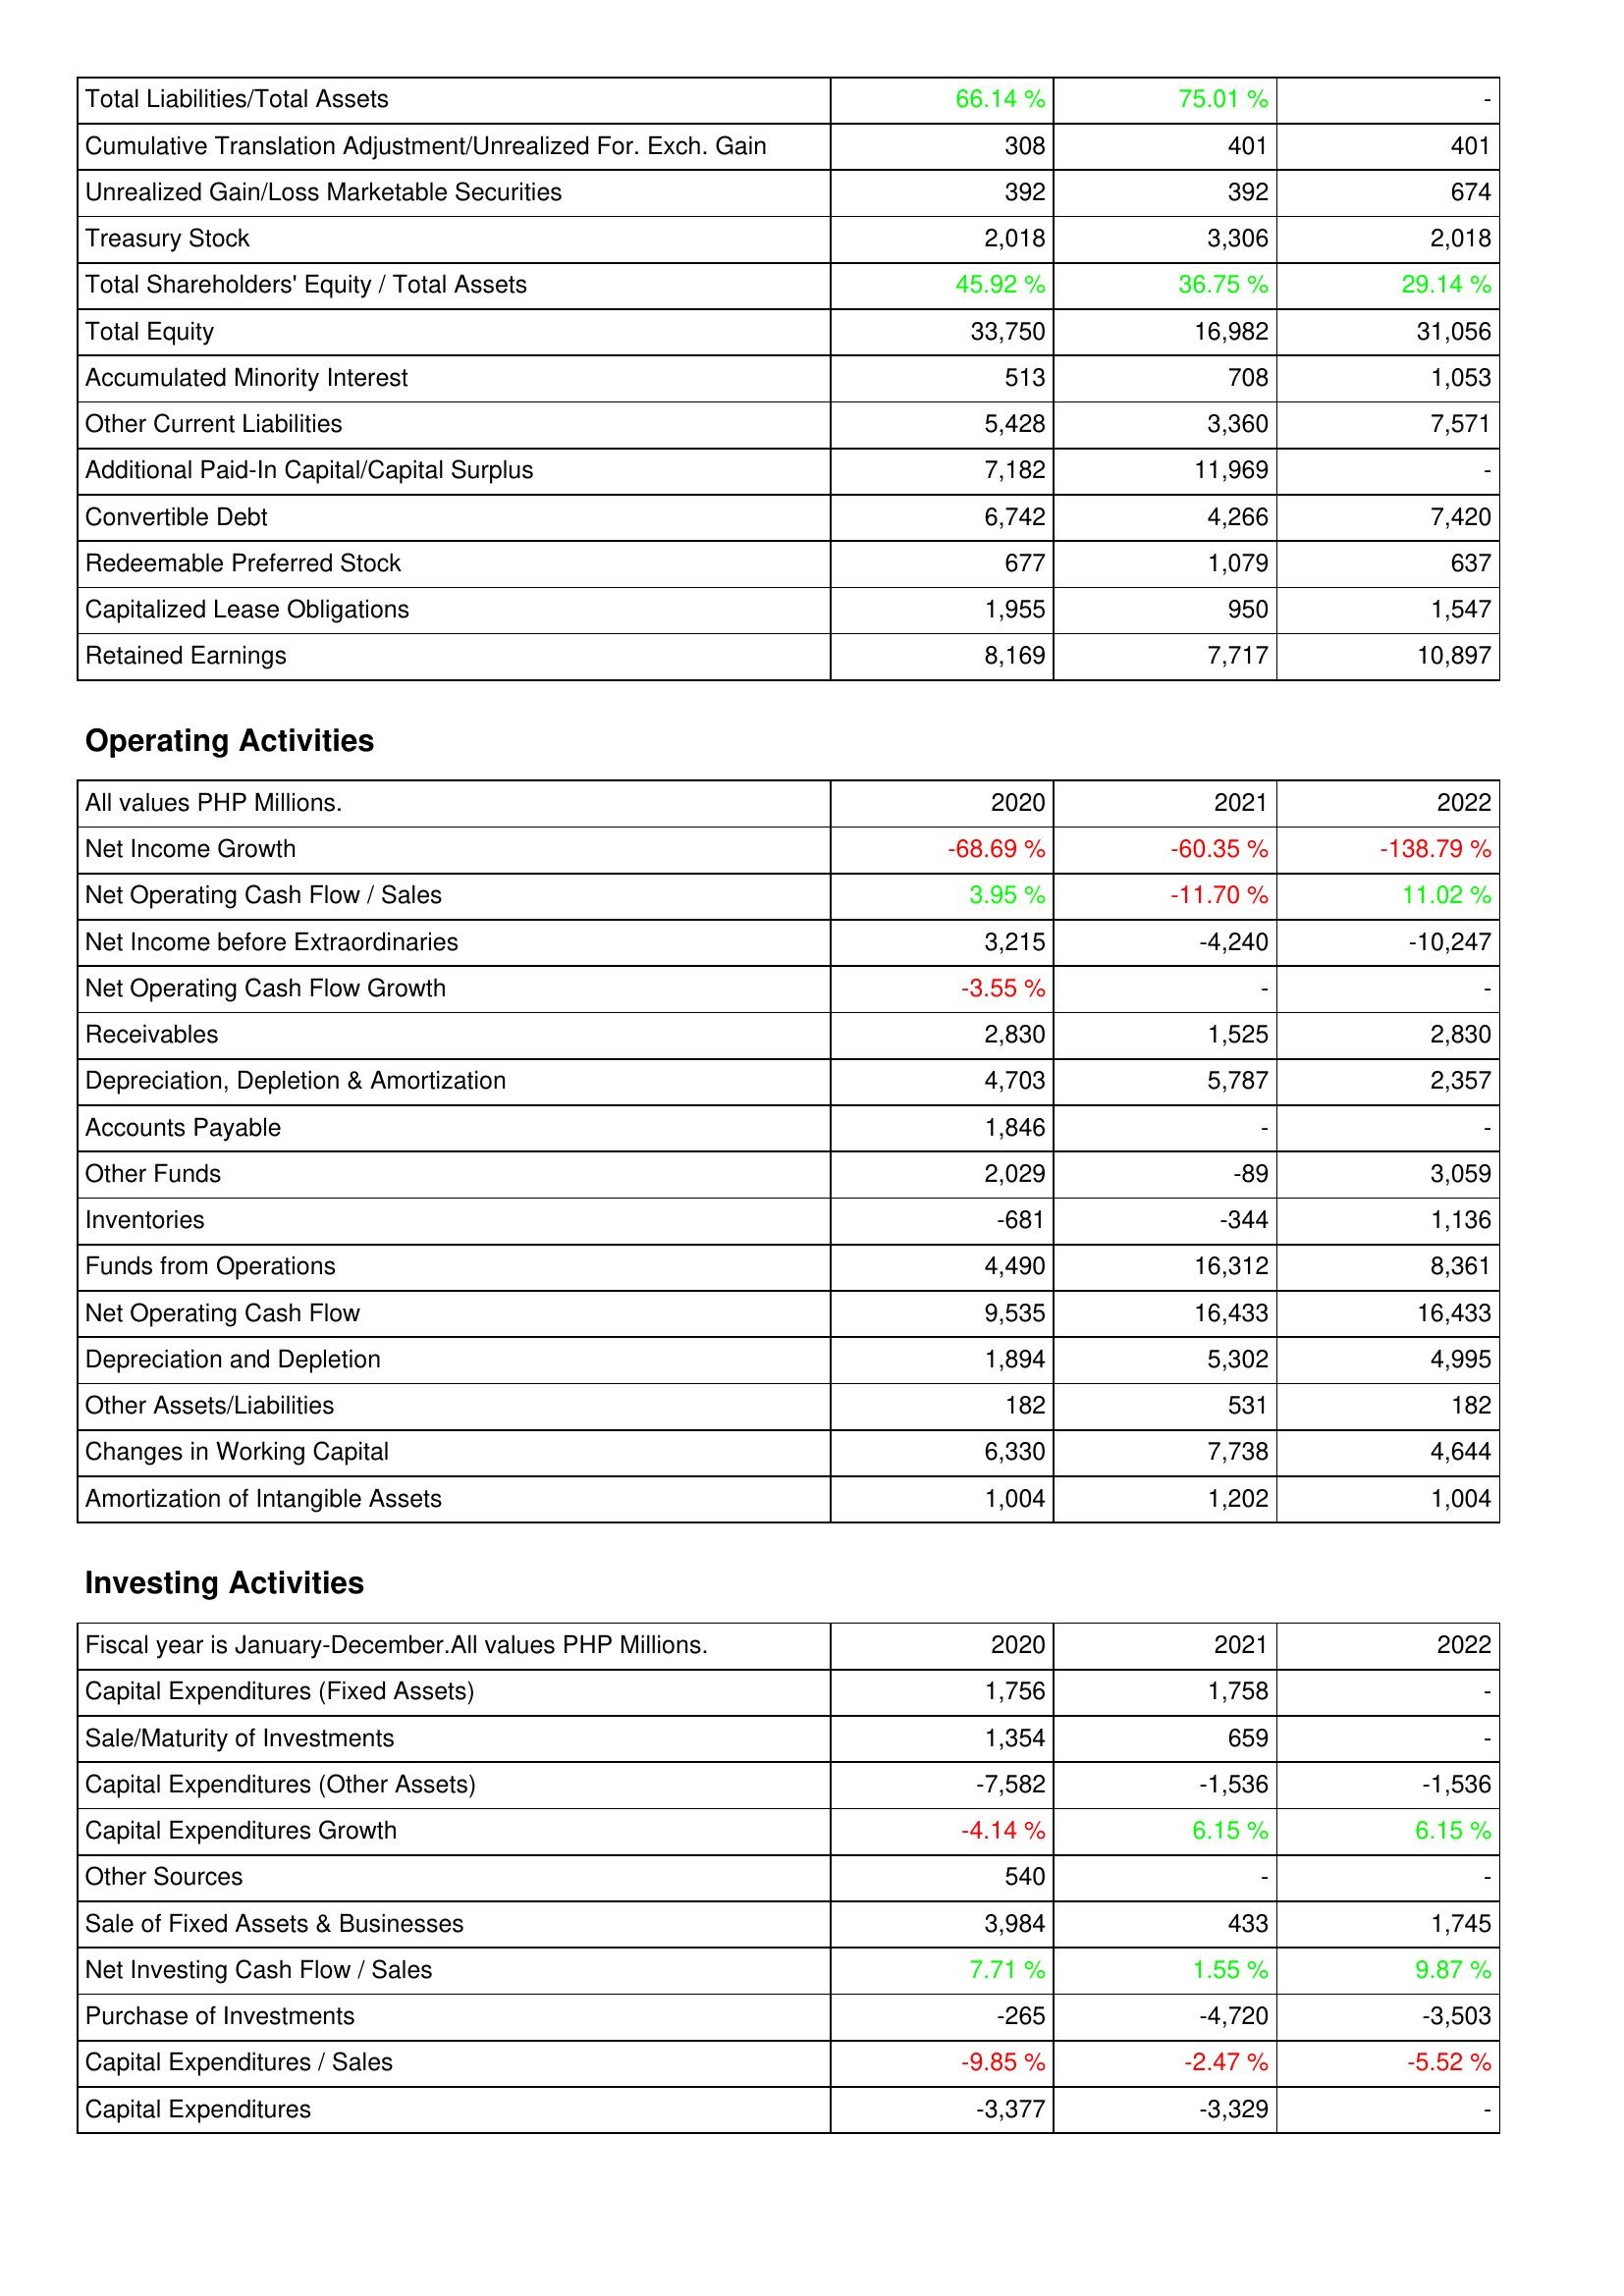
2020: Liabilities & Shareholders' Equity: Total Liabilities/Total Assets: 66.14 %
Cumulative Translation Adjustment/Unrealized For. Exch. Gain: 308
Unrealized Gain/Loss Marketable Securities: 392
Treasury Stock: 2,018
Total Shareholders' Equity / Total Assets: 45.92 %
Total Equity: 33,750
Accumulated Minority Interest: 513
Other Current Liabilities: 5,428
Additional Paid-In Capital/Capital Surplus: 7,182
Convertible Debt: 6,742
Redeemable Preferred Stock: 677
Capitalized Lease Obligations: 1,955
Retained Earnings: 8,169
Operating Activities: Net Income Growth: -68.69 %
Net Operating Cash Flow / Sales: 3.95 %
Net Income before Extraordinaries: 3,215
Net Operating Cash Flow Growth: -3.55 %
Receivables: 2,830
Depreciation, Depletion & Amortization: 4,703
Accounts Payable: 1,846
Other Funds: 2,029
Inventories: -681
Funds from Operations: 4,490
Net Operating Cash Flow: 9,535
Depreciation and Depletion: 1,894
Other Assets/Liabilities: 182
Changes in Working Capital: 6,330
Amortization of Intangible Assets: 1,004
Investing Activities: Capital Expenditures (Fixed Assets): 1,756
Sale/Maturity of Investments: 1,354
Capital Expenditures (Other Assets): -7,582
Capital Expenditures Growth: -4.14 %
Other Sources: 540
Sale of Fixed Assets & Businesses: 3,984
Net Investing Cash Flow / Sales: 7.71 %
Purchase of Investments: -265
Capital Expenditures / Sales: -9.85 %
Capital Expenditures: -3,377
2021: Liabilities & Shareholders' Equity: Total Liabilities/Total Assets: 75.01 %
Cumulative Translation Adjustment/Unrealized For. Exch. Gain: 401
Unrealized Gain/Loss Marketable Securities: 392
Treasury Stock: 3,306
Total Shareholders' Equity / Total Assets: 36.75 %
Total Equity: 16,982
Accumulated Minority Interest: 708
Other Current Liabilities: 3,360
Additional Paid-In Capital/Capital Surplus: 11,969
Convertible Debt: 4,266
Redeemable Preferred Stock: 1,079
Capitalized Lease Obligations: 950
Retained Earnings: 7,717
Operating Activities: Net Income Growth: -60.35 %
Net Operating Cash Flow / Sales: -11.70 %
Net Income before Extraordinaries: -4,240
Net Operating Cash Flow Growth: -
Receivables: 1,525
Depreciation, Depletion & Amortization: 5,787
Accounts Payable: -
Other Funds: -89
Inventories: -344
Funds from Operations: 16,312
Net Operating Cash Flow: 16,433
Depreciation and Depletion: 5,302
Other Assets/Liabilities: 531
Changes in Working Capital: 7,738
Amortization of Intangible Assets: 1,202
Investing Activities: Capital Expenditures (Fixed Assets): 1,758
Sale/Maturity of Investments: 659
Capital Expenditures (Other Assets): -1,536
Capital Expenditures Growth: 6.15 %
Other Sources: -
Sale of Fixed Assets & Businesses: 433
Net Investing Cash Flow / Sales: 1.55 %
Purchase of Investments: -4,720
Capital Expenditures / Sales: -2.47 %
Capital Expenditures: -3,329
2022: Liabilities & Shareholders' Equity: Total Liabilities/Total Assets: -
Cumulative Translation Adjustment/Unrealized For. Exch. Gain: 401
Unrealized Gain/Loss Marketable Securities: 674
Treasury Stock: 2,018
Total Shareholders' Equity / Total Assets: 29.14 %
Total Equity: 31,056
Accumulated Minority Interest: 1,053
Other Current Liabilities: 7,571
Additional Paid-In Capital/Capital Surplus: -
Convertible Debt: 7,420
Redeemable Preferred Stock: 637
Capitalized Lease Obligations: 1,547
Retained Earnings: 10,897
Operating Activities: Net Income Growth: -138.79 %
Net Operating Cash Flow / Sales: 11.02 %
Net Income before Extraordinaries: -10,247
Net Operating Cash Flow Growth: -
Receivables: 2,830
Depreciation, Depletion & Amortization: 2,357
Accounts Payable: -
Other Funds: 3,059
Inventories: 1,136
Funds from Operations: 8,361
Net Operating Cash Flow: 16,433
Depreciation and Depletion: 4,995
Other Assets/Liabilities: 182
Changes in Working Capital: 4,644
Amortization of Intangible Assets: 1,004
Investing Activities: Capital Expenditures (Fixed Assets): -
Sale/Maturity of Investments: -
Capital Expenditures (Other Assets): -1,536
Capital Expenditures Growth: 6.15 %
Other Sources: -
Sale of Fixed Assets & Businesses: 1,745
Net Investing Cash Flow / Sales: 9.87 %
Purchase of Investments: -3,503
Capital Expenditures / Sales: -5.52 %
Capital Expenditures: -